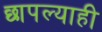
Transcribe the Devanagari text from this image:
छापल्याही